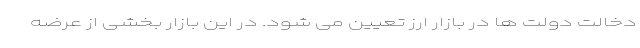
دخالت دولت ها در بازار ارز تعیین می شود. در این بازار بخشی از عرضه